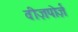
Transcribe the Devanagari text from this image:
वीज़पोर्ज़